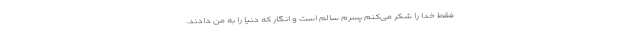
فقط خدا را شکر می‌کنم پسرم سالم است و انگار که دنیا را به من دادند.